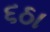
૬ઠા